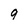
Character: 9